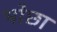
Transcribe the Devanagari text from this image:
भोछा